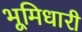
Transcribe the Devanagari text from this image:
भूमिधारी